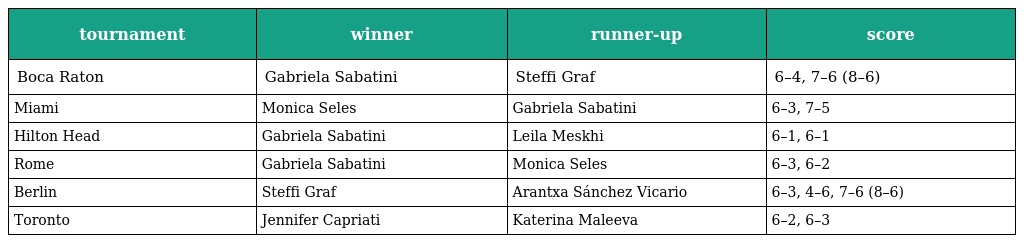
| tournament | winner | runner-up | score |
 | --- | --- | --- | --- |
 | Boca Raton | Gabriela Sabatini | Steffi Graf | 6–4, 7–6 (8–6) |
 | Miami | Monica Seles | Gabriela Sabatini | 6–3, 7–5 |
 | Hilton Head | Gabriela Sabatini | Leila Meskhi | 6–1, 6–1 |
 | Rome | Gabriela Sabatini | Monica Seles | 6–3, 6–2 |
 | Berlin | Steffi Graf | Arantxa Sánchez Vicario | 6–3, 4–6, 7–6 (8–6) |
 | Toronto | Jennifer Capriati | Katerina Maleeva | 6–2, 6–3 |